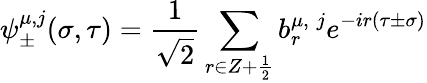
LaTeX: \psi_{\pm}^{\mu,j}(\sigma,\tau)=\frac{1}{\sqrt 2}\sum_{r\in Z+\frac{1}{2}}b_{r}^{\mu,\; j}e^{-ir(\tau\pm\sigma)}